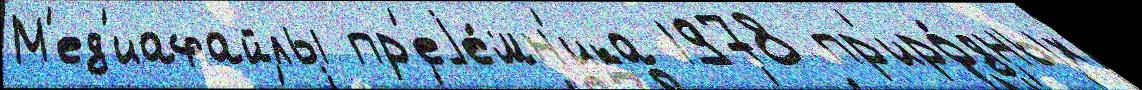
М'ед'иафайлы пр'еjе́мн'ика 1978 пр'иро́дных